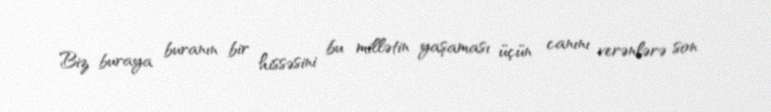
Biz buraya buranın bir hissəsini bu millətin yaşaması üçün canını verənlərə son